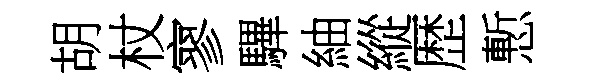
胡杖寥驆紬縱歴慙